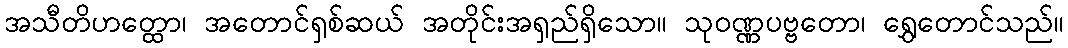
အသီတိဟတ္ထော၊ အတောင်ရှစ်ဆယ် အတိုင်းအရှည်ရှိသော။ သုဝဏ္ဏပဗ္ဗတော၊ ရွှေတောင်သည်။